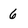
Character: 6